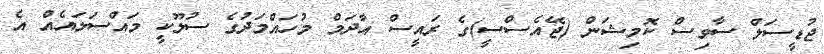
ޖުޑީސަލް ސާވިސް ކޮމިޝަން (ޖޭއެސްސީ)ގެ ރައީސް އާދަމް މުހައްމަދުގެ ސުލޫކީ މައްސަލައެއް އެ